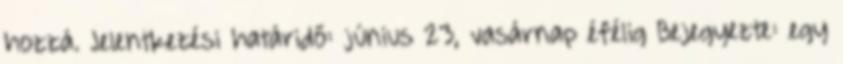
hozzá. Jelentkezési határidő: június 23, vasárnap éfélig Bejegyezte: egy